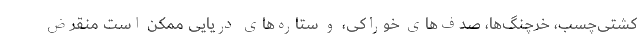
کشتی‌چسب، خرچنگ‌ها، صدف‌های خوراکی، و ستاره‌های دریایی ممکن است منقرض